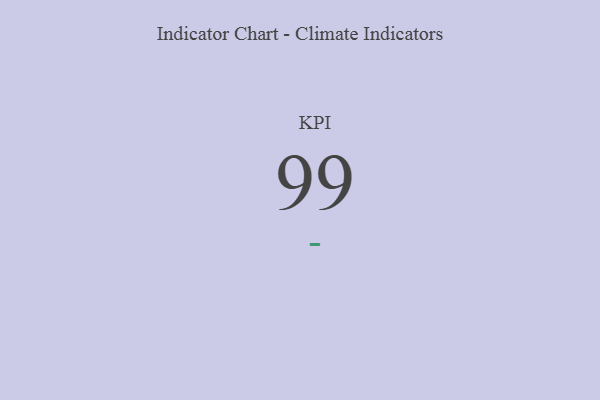
{"axis": {"x": "KPI", "y": "Value"}, "legend": [""], "data": [{"x": "KPI", "y": 99, "type": ""}]}